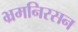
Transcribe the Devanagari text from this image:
भ्रमनिरसन